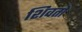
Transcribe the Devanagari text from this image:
शिवतो